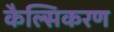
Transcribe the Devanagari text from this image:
कैल्सिकरण